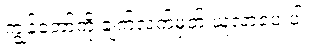
ကျွန်တော့်ကို ချက်လက်မှတ် ယူလာပေးပါ။